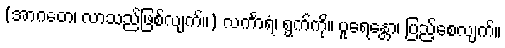
(အာဂတေ၊ လာသည်ဖြစ်လျက်။) လင်္ကာရံ၊ ရွက်ကို။ ပူရေန္တော၊ ပြည့်စေလျက်။